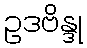
ဥဒဗိန္ဒု